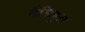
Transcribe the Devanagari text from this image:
मैंडिबुल